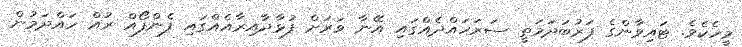
މީހެކެވެ. ޓައިވާންގެ ފަރުބަދަމަތީ ސަރަހައްދެއްގައި އޭނާ ވަރަށް ފުޅާދާއިރާއެއްގައި ފެންފޯއް ރުއް ހައްދަމުން